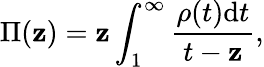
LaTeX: \Pi(\mathbf{z})=\mathbf{z}\int_{1}^{\infty}\frac{{\rho(t)\mathrm{{d}}t}}{{t-\mathbf{z}}},